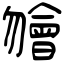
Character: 𣍐